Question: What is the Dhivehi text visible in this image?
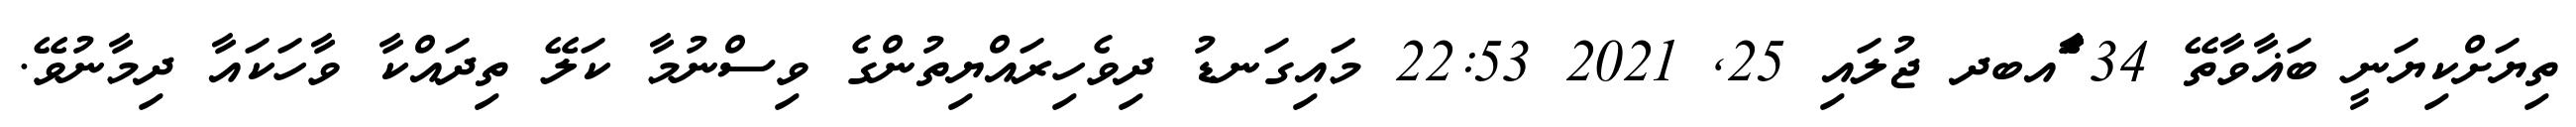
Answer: ތިޔަށްކިޔަނީ ބަޣާވާތޭ 34 ާަެެައބދ ޖުލައި 25, 2021 22:53 މައިގަނޑު ދިވެހިރައްޔިތުންގެ ވިސްނުމާ ކަލޭ ތިދައްކާ ވާހަކައާ ދިމާނުވޭ.